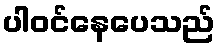
ပါဝင်နေပေသည်